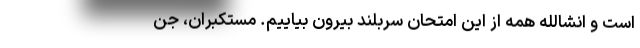
است و انشالله همه از این امتحان سربلند بیرون بیاییم. مستکبران، جن